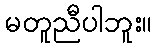
မတူညီပါဘူး။